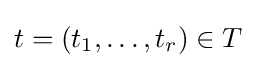
t=(t_{1},\dots ,t_{r})\in T